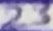
Text: 23